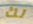
لك